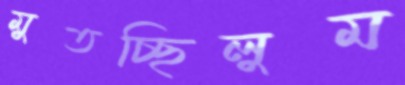
মুতচ্ছিলুম